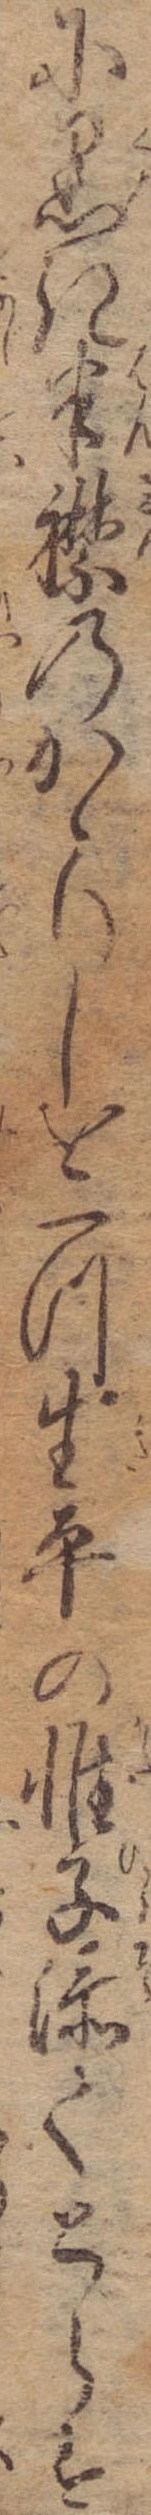
に黒き半襟のかゝりしを一つ生平の帷子添てとらす